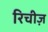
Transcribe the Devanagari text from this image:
रिचीज़